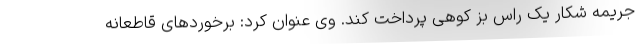
جریمه شکار یک راس بز کوهی پرداخت کند. وی عنوان کرد: برخوردهای قاطعانه